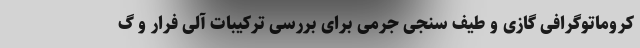
کروماتوگرافی گازی و طیف سنجی جرمی برای بررسی ترکیبات آلی فرار و گ